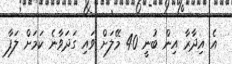
އެ އިދާރާ އިން ބުނީ 40 މޭލަށް ވައި ގަދަވާނެ ކަމަށް ލަފާ